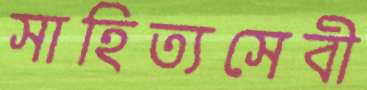
সাহিত্যসেবী